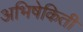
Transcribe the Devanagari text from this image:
अभिषेकिती